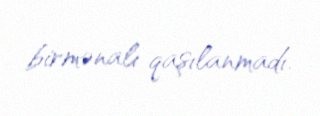
birmənalı qaşılanmadı.